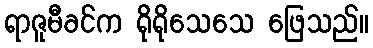
ရာဇူမီခင်က ရိုရိုသေသေ ဖြေသည်။